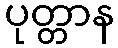
ပုတ္တာန